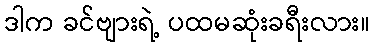
ဒါက ခင်ဗျားရဲ့ ပထမဆုံးခရီးလား။